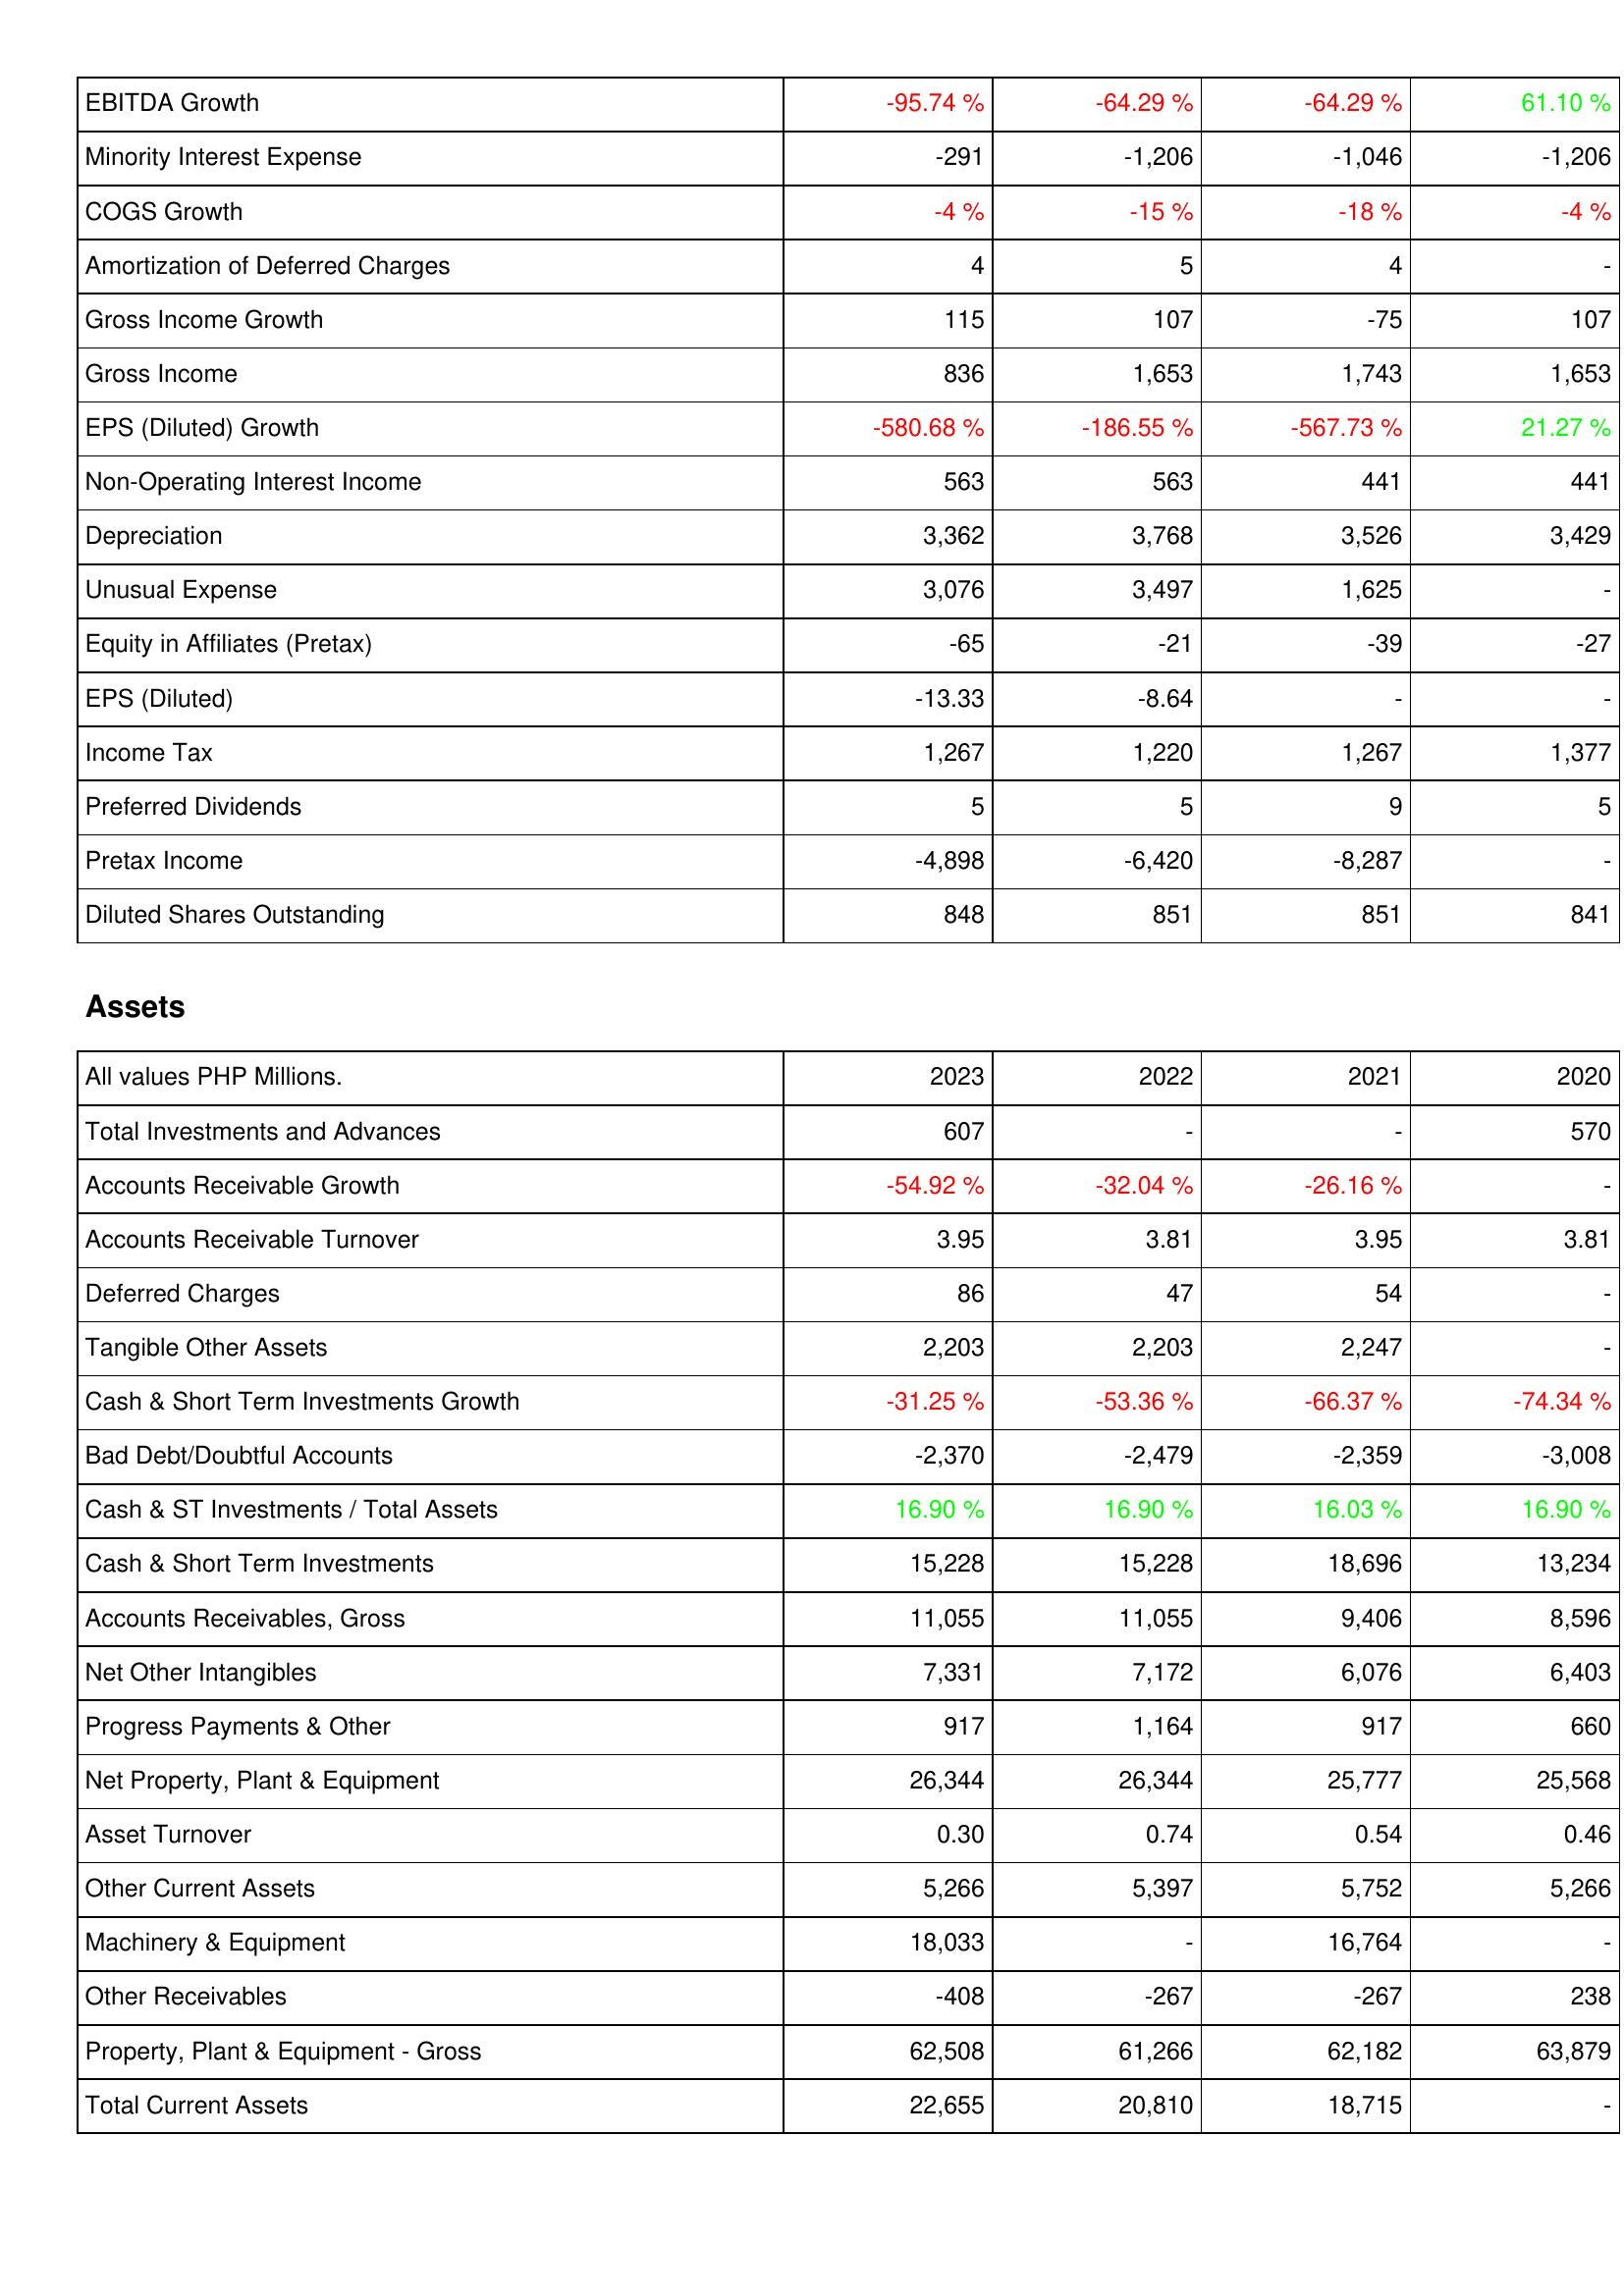
2023: Income Statement: EBITDA Growth: -95.74 %
Minority Interest Expense: -291
COGS Growth: -4 %
Amortization of Deferred Charges: 4
Gross Income Growth: 115
Gross Income: 836
EPS (Diluted) Growth: -580.68 %
Non-Operating Interest Income: 563
Depreciation: 3,362
Unusual Expense: 3,076
Equity in Affiliates (Pretax): -65
EPS (Diluted): -13.33
Income Tax: 1,267
Preferred Dividends: 5
Pretax Income: -4,898
Diluted Shares Outstanding: 848
Assets: Total Investments and Advances: 607
Accounts Receivable Growth: -54.92 %
Accounts Receivable Turnover: 3.95
Deferred Charges: 86
Tangible Other Assets: 2,203
Cash & Short Term Investments Growth: -31.25 %
Bad Debt/Doubtful Accounts: -2,370
Cash & ST Investments / Total Assets: 16.90 %
Cash & Short Term Investments: 15,228
Accounts Receivables, Gross: 11,055
Net Other Intangibles: 7,331
Progress Payments & Other: 917
Net Property, Plant & Equipment: 26,344
Asset Turnover: 0.30
Other Current Assets: 5,266
Machinery & Equipment: 18,033
Other Receivables: -408
Property, Plant & Equipment - Gross: 62,508
Total Current Assets: 22,655
2022: Income Statement: EBITDA Growth: -64.29 %
Minority Interest Expense: -1,206
COGS Growth: -15 %
Amortization of Deferred Charges: 5
Gross Income Growth: 107
Gross Income: 1,653
EPS (Diluted) Growth: -186.55 %
Non-Operating Interest Income: 563
Depreciation: 3,768
Unusual Expense: 3,497
Equity in Affiliates (Pretax): -21
EPS (Diluted): -8.64
Income Tax: 1,220
Preferred Dividends: 5
Pretax Income: -6,420
Diluted Shares Outstanding: 851
Assets: Total Investments and Advances: -
Accounts Receivable Growth: -32.04 %
Accounts Receivable Turnover: 3.81
Deferred Charges: 47
Tangible Other Assets: 2,203
Cash & Short Term Investments Growth: -53.36 %
Bad Debt/Doubtful Accounts: -2,479
Cash & ST Investments / Total Assets: 16.90 %
Cash & Short Term Investments: 15,228
Accounts Receivables, Gross: 11,055
Net Other Intangibles: 7,172
Progress Payments & Other: 1,164
Net Property, Plant & Equipment: 26,344
Asset Turnover: 0.74
Other Current Assets: 5,397
Machinery & Equipment: -
Other Receivables: -267
Property, Plant & Equipment - Gross: 61,266
Total Current Assets: 20,810
2021: Income Statement: EBITDA Growth: -64.29 %
Minority Interest Expense: -1,046
COGS Growth: -18 %
Amortization of Deferred Charges: 4
Gross Income Growth: -75
Gross Income: 1,743
EPS (Diluted) Growth: -567.73 %
Non-Operating Interest Income: 441
Depreciation: 3,526
Unusual Expense: 1,625
Equity in Affiliates (Pretax): -39
EPS (Diluted): -
Income Tax: 1,267
Preferred Dividends: 9
Pretax Income: -8,287
Diluted Shares Outstanding: 851
Assets: Total Investments and Advances: -
Accounts Receivable Growth: -26.16 %
Accounts Receivable Turnover: 3.95
Deferred Charges: 54
Tangible Other Assets: 2,247
Cash & Short Term Investments Growth: -66.37 %
Bad Debt/Doubtful Accounts: -2,359
Cash & ST Investments / Total Assets: 16.03 %
Cash & Short Term Investments: 18,696
Accounts Receivables, Gross: 9,406
Net Other Intangibles: 6,076
Progress Payments & Other: 917
Net Property, Plant & Equipment: 25,777
Asset Turnover: 0.54
Other Current Assets: 5,752
Machinery & Equipment: 16,764
Other Receivables: -267
Property, Plant & Equipment - Gross: 62,182
Total Current Assets: 18,715
2020: Income Statement: EBITDA Growth: 61.10 %
Minority Interest Expense: -1,206
COGS Growth: -4 %
Amortization of Deferred Charges: -
Gross Income Growth: 107
Gross Income: 1,653
EPS (Diluted) Growth: 21.27 %
Non-Operating Interest Income: 441
Depreciation: 3,429
Unusual Expense: -
Equity in Affiliates (Pretax): -27
EPS (Diluted): -
Income Tax: 1,377
Preferred Dividends: 5
Pretax Income: -
Diluted Shares Outstanding: 841
Assets: Total Investments and Advances: 570
Accounts Receivable Growth: -
Accounts Receivable Turnover: 3.81
Deferred Charges: -
Tangible Other Assets: -
Cash & Short Term Investments Growth: -74.34 %
Bad Debt/Doubtful Accounts: -3,008
Cash & ST Investments / Total Assets: 16.90 %
Cash & Short Term Investments: 13,234
Accounts Receivables, Gross: 8,596
Net Other Intangibles: 6,403
Progress Payments & Other: 660
Net Property, Plant & Equipment: 25,568
Asset Turnover: 0.46
Other Current Assets: 5,266
Machinery & Equipment: -
Other Receivables: 238
Property, Plant & Equipment - Gross: 63,879
Total Current Assets: -